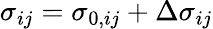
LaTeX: \sigma_{ij}=\sigma_{0,ij}+\Delta\sigma_{ij}